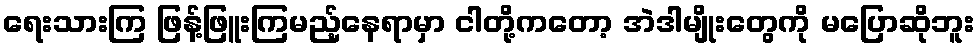
ရေးသားကြ ဖြန့်ဖြူးကြမည့်နေရာမှာ ငါတို့ကတော့ အဲဒါမျိုးတွေကို မပြောဆိုဘူး